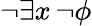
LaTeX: \neg\exists x\, \neg\phi